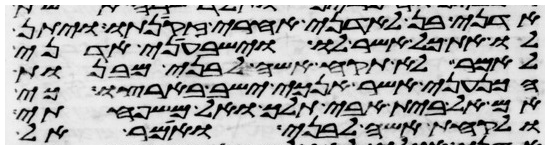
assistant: אדני בן לאדני אחרי זקנתו ויתן
לו את כל אשר לו וישבעני אדני
לאמר לא תקח אשה לבני מבנות
הכנעני אשר אנכי ישב בארצו כי
אם אל בית אבי תלך ואל משפחתי
ולקחת אשה לבני ואמר אל